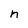
Character: n